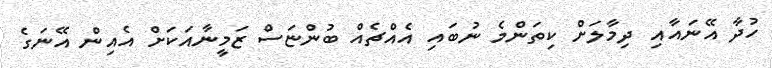
ހުދާ އޭނައާއި ދިމާލަށް ކިތަންމެ ނުބައި އެއްޗެއް ބުންޏަސް ޒަމީނާއަކަށް އެއިން އޭނަގެ